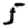
Digit: 5